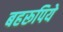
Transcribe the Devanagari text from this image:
बहरूपिये